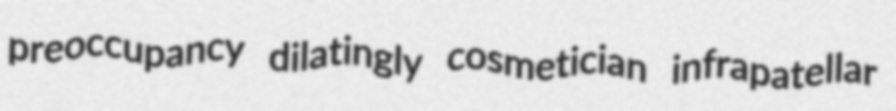
preoccupancy dilatingly cosmetician infrapatellar